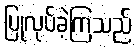
ပြုလုပ်ခဲ့ကြသည်